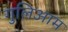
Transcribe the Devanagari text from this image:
गुलिआम